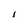
Character: I